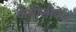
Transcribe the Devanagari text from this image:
कैथीलोकेट